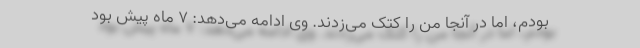
بودم، اما در آنجا من را کتک می‌زدند. وی ادامه می‌دهد: ۷ ماه پیش بود